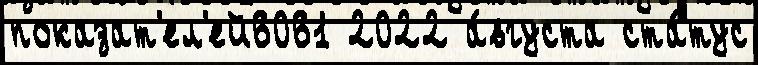
показат'ел'ей6061 2022 а́вгуста ста́тус